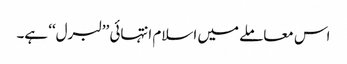
اس معاملے میں اسلام انتہائی ’’لبرل‘‘ ہے۔